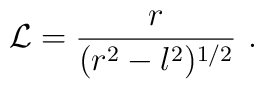
{\cal L}=\frac{r}{(r^2-l^2)^{1/2}}\ .